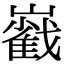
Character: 巀